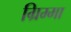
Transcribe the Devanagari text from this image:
ग्रिम्मा